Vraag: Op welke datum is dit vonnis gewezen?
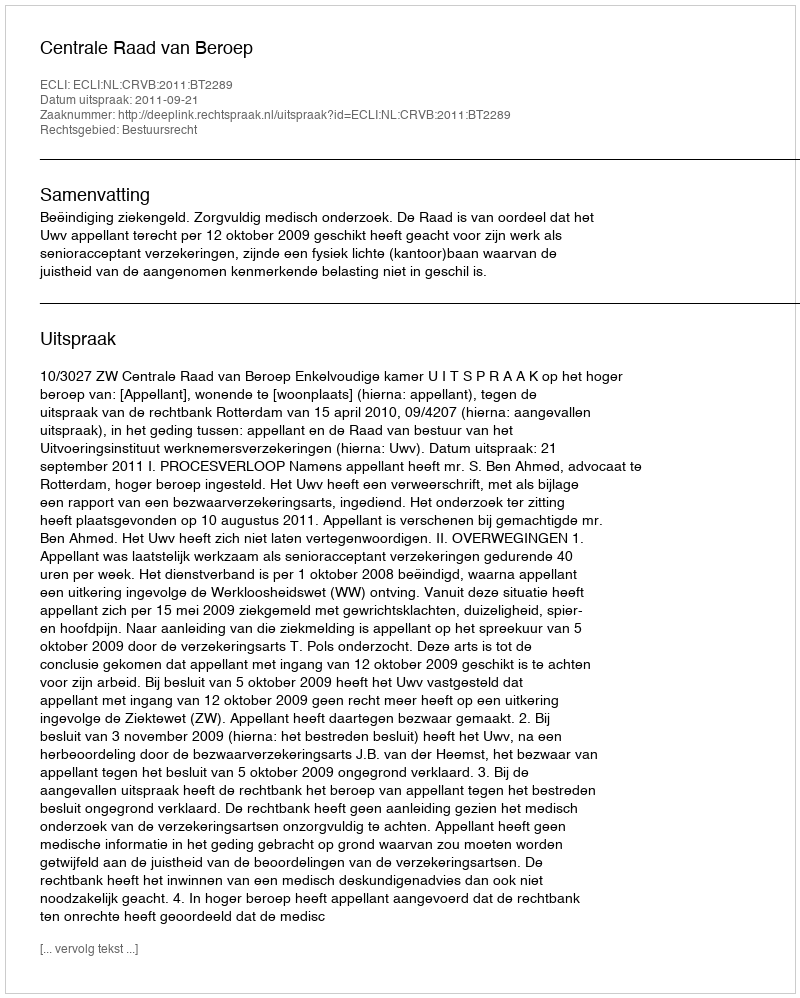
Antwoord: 2011-09-21